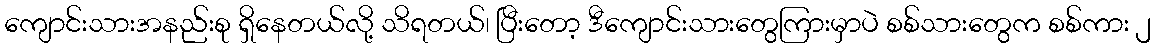
ကျောင်းသားအနည်းစု ရှိနေတယ်လို့ သိရတယ်၊ ပြီးတော့ ဒီကျောင်းသားတွေကြားမှာပဲ စစ်သားတွေက စစ်ကား ၂